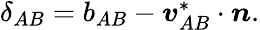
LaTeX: \begin{array}{r}{\delta_{AB}=b_{AB}-{\boldsymbol{v}}_{AB}^{*}\cdot{\boldsymbol{n}}.}\end{array}